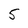
Character: 5